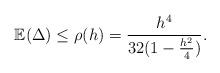
LaTeX: \begin{align*}\mathbb{E}(\Delta)\leq\rho(h)= \frac{h^4}{32(1-\frac{h^2}{4})}.\end{align*}